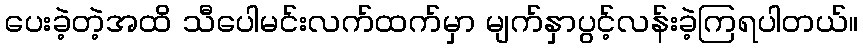
ပေးခဲ့တဲ့အထိ သီပေါမင်းလက်ထက်မှာ မျက်နှာပွင့်လန်းခဲ့ကြရပါတယ်။